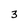
Character: 3